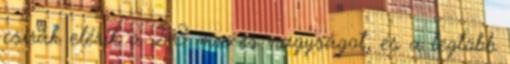
csírák elérik a 2-3 mm-es nagyságot, és a legtöbb